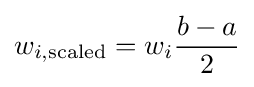
w_{i,{\text{scaled}}}=w_{i}{\frac {b-a}{2}}